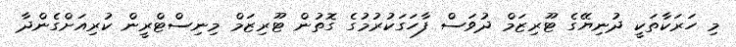
މި ހަރަކާތަކީ ދުނިޔޭގެ ޓޫރިޒަމް ދުވަސް ފާހަގަކުރުމުގެ ގޮތުން ޓޫރިޒަމް މިނިސްޓްރީން ކުރިއަށްގެންދާ